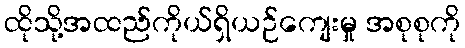
ထိုသို့အထည်ကိုယ်ရှိယဉ်ကျေးမှု အစုစုကို